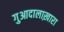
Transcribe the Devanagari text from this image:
गुआदालाख़ारा